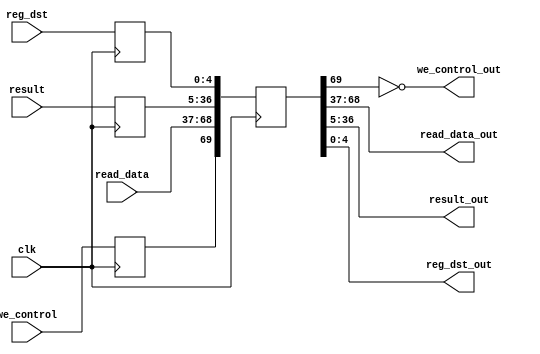
`timescale 1ns / 1ps
//////////////////////////////////////////////////////////////////////////////////
//Project - ECE690
//Maker - Jagrut Jadhav
//////////////////////////////////////////////////////////////////////////////////


module MEM_WB(
input clk,
input we_control,
input [31:0] read_data,
input [31:0] result,
input [4:0] reg_dst,
output we_control_out,
output [31:0] read_data_out,
output [31:0] result_out,
output [4:0] reg_dst_out
    );
    reg [69:0] buffer_wb;
    reg we_control_buff;
    reg [31:0] result_buff;
    reg [4:0] reg_dst_buff;
    always @ (posedge clk)
    begin
      we_control_buff <= we_control;
      result_buff <= result ;
      reg_dst_buff <= reg_dst;
      buffer_wb <= {we_control_buff,read_data,result_buff,reg_dst_buff}; 
    end
assign we_control_out = !(buffer_wb[69]);
assign read_data_out= buffer_wb[68:37];
assign result_out = buffer_wb[36:5];
assign  reg_dst_out = buffer_wb[4:0];  
   
endmodule